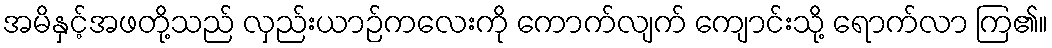
အမိနှင့်အဖတို့သည် လှည်းယာဉ်ကလေးကို ကောက်လျက် ကျောင်းသို့ ရောက်လာ ကြ၏။